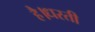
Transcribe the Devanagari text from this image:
है।धरती